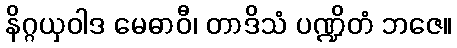
နိဂ္ဂယှဝါဒ မေဓာဝီ၊ တာဒိသံ ပဏ္ဍိတံ ဘဇေ။